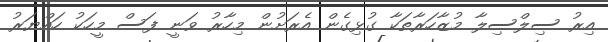
އިރު ސިލްސިލާ މުޒާހަރާތަކާ ގުޅިގެން އެރަށުން މިހާރު ވަނީ ފަސް މީހަކު ހައްޔަރު